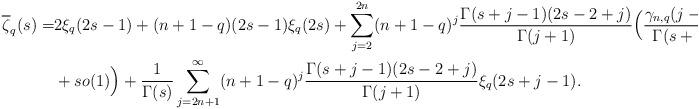
LaTeX: \begin{align*}\overline{\zeta}_q(s)=&2\xi_q(2s-1)+(n+1-q)(2s-1)\xi_q(2s)+\sum_{j=2}^{2n} (n+1-q)^j\frac{\Gamma(s+j-1)(2s-2+j)}{\Gamma(j+1)}\Bigl(\frac{\gamma_{n,q}(j-1)}{\Gamma(s+1)}\\&+s o(1)\Bigr)+\frac{1}{\Gamma(s)}\sum_{j=2n+1}^\infty (n+1-q)^j \frac{\Gamma(s+j-1)(2s-2+j)}{\Gamma(j+1)} \xi_q(2s+j-1).\end{align*}